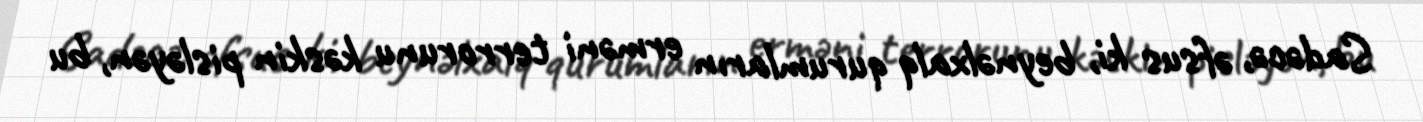
Sadəcə, əfsus ki, beynəlxalq qurumların erməni terrorunu kəskin pisləyən, bu